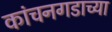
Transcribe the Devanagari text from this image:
कांचनगडाच्या